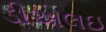
ડીએલઇ